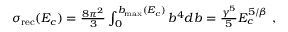
\begin{array} { r } { \sigma _ { \mathrm { r e c } } ( E _ { c } ) = \frac { 8 \pi ^ { 2 } } { 3 } \int _ { 0 } ^ { b _ { \mathrm { m a x } } ( E _ { c } ) } b ^ { 4 } d b = \frac { \gamma ^ { 5 } } { 5 } E _ { c } ^ { 5 / \beta } ~ , } \end{array}